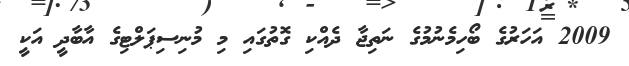
2009 އަހަރުގެ ބޯހިމެނުމުގެ ނަތިޖާ ދެއްކި ގޮތުގައި މި މުނިސިޕަލްޓިގެ އާބާދީ އަކީ